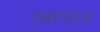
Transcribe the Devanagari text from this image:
तसपार